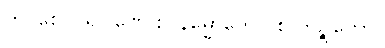
ကဝစေ ဝါရဝါဏေ စ၊ နိမ္မောကေပိ စ ကဉ္စုကော။